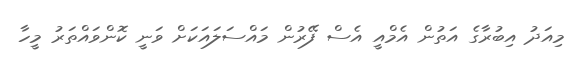
މިއަދު އިބުރާގެ އަތުން އެމްއީ އެސް ފޭރުން މައްސަލައަކަށް ވަނީ ކޮންވައްތަރު މީހާ